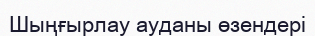
Шыңғырлау ауданы өзендері